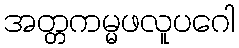
အတ္တကမ္မဖလူပဂေါ